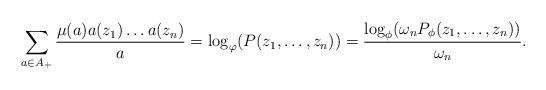
LaTeX: \begin{align*}\sum_{a\in A_{+}} \frac{\mu(a)a(z_1)\dots a(z_n)}{a}=\log_{\varphi}(P(z_1,\dots,z_n))=\frac{\log_{\phi}(\omega_{n}P_{\phi}(z_1,\dots,z_n))}{\omega_{n}}.\end{align*}